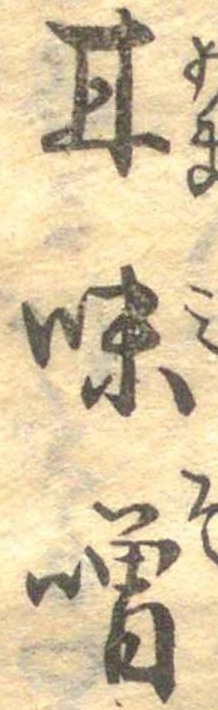
甘味噌